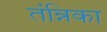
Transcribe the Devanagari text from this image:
तंन्निका